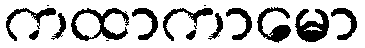
ကထာကာမော